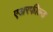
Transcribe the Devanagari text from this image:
एअरफील्ड